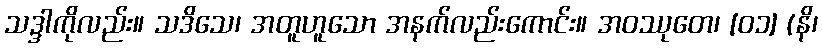
သဒ္ဒါကိုလည်း။ သဒိသေ၊ အတူဟူသော အနက်လည်းကောင်း။ အဝဿုတေ၊ [၀၁] (နိ၊